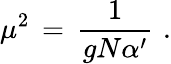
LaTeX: \mu^{2}\, =\, {\frac{1}{gN\alpha^{\prime}}}\, \, .